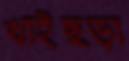
খাইছড়া